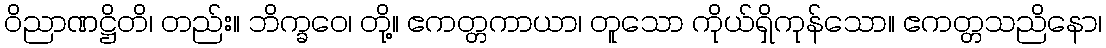
ဝိညာဏဋ္ဌိတိ၊ တည်း။ ဘိက္ခဝေ၊ တို့။ ဧကတ္တကာယာ၊ တူသော ကိုယ်ရှိကုန်သော။ ဧကတ္တသညိနော၊